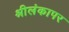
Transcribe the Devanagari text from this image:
श्रीलंकापर